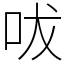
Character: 㕹